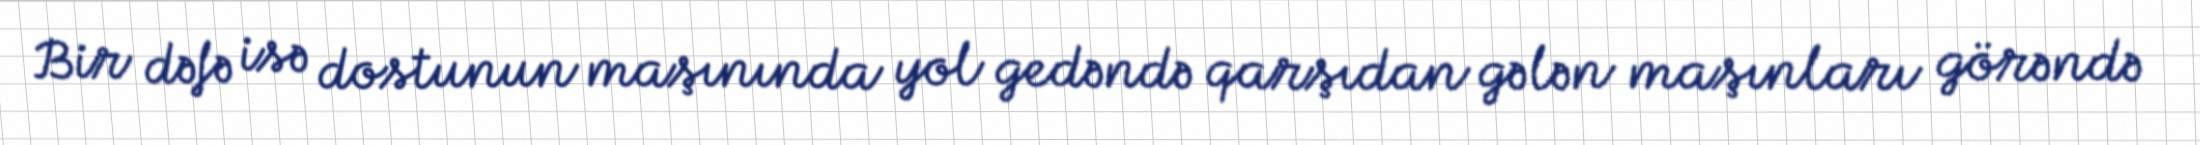
Bir dəfə isə dostunun maşınında yol gedəndə qarşıdan gələn maşınları görəndə